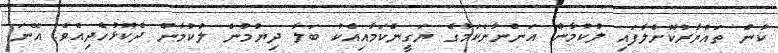
ކާން ތައްޔާރުކޮށްލާފައި ލުކުމާން އަންނާނެކަމުގެ ޔަގީންކަމާއިއެކު ބަލާ ދިޔުމުން ލުކުމާން ދެކޮޅުހެދިއެވެ. އޭނަ